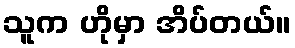
သူက ဟိုမှာ အိပ်တယ်။